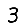
Digit: 3